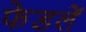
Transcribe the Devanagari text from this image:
फेडलें